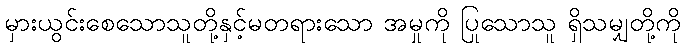
မှားယွင်းစေသောသူတို့နှင့်မတရားသော အမှုကို ပြုသောသူ ရှိသမျှတို့ကို